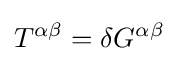
T^{\alpha \beta }=\delta G^{\alpha \beta }